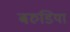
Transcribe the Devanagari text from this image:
बरुडिया